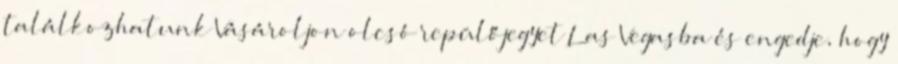
találkozhatunk Vásároljon olcsó repülőjegyet Las Vegasba és engedje, hogy